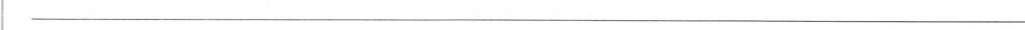
___